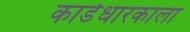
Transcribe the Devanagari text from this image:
कार्डधारकाला